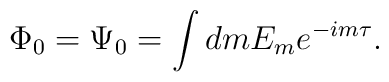
\Phi_0=\Psi_0= \int dm E_{m} e^{-i m \tau}.